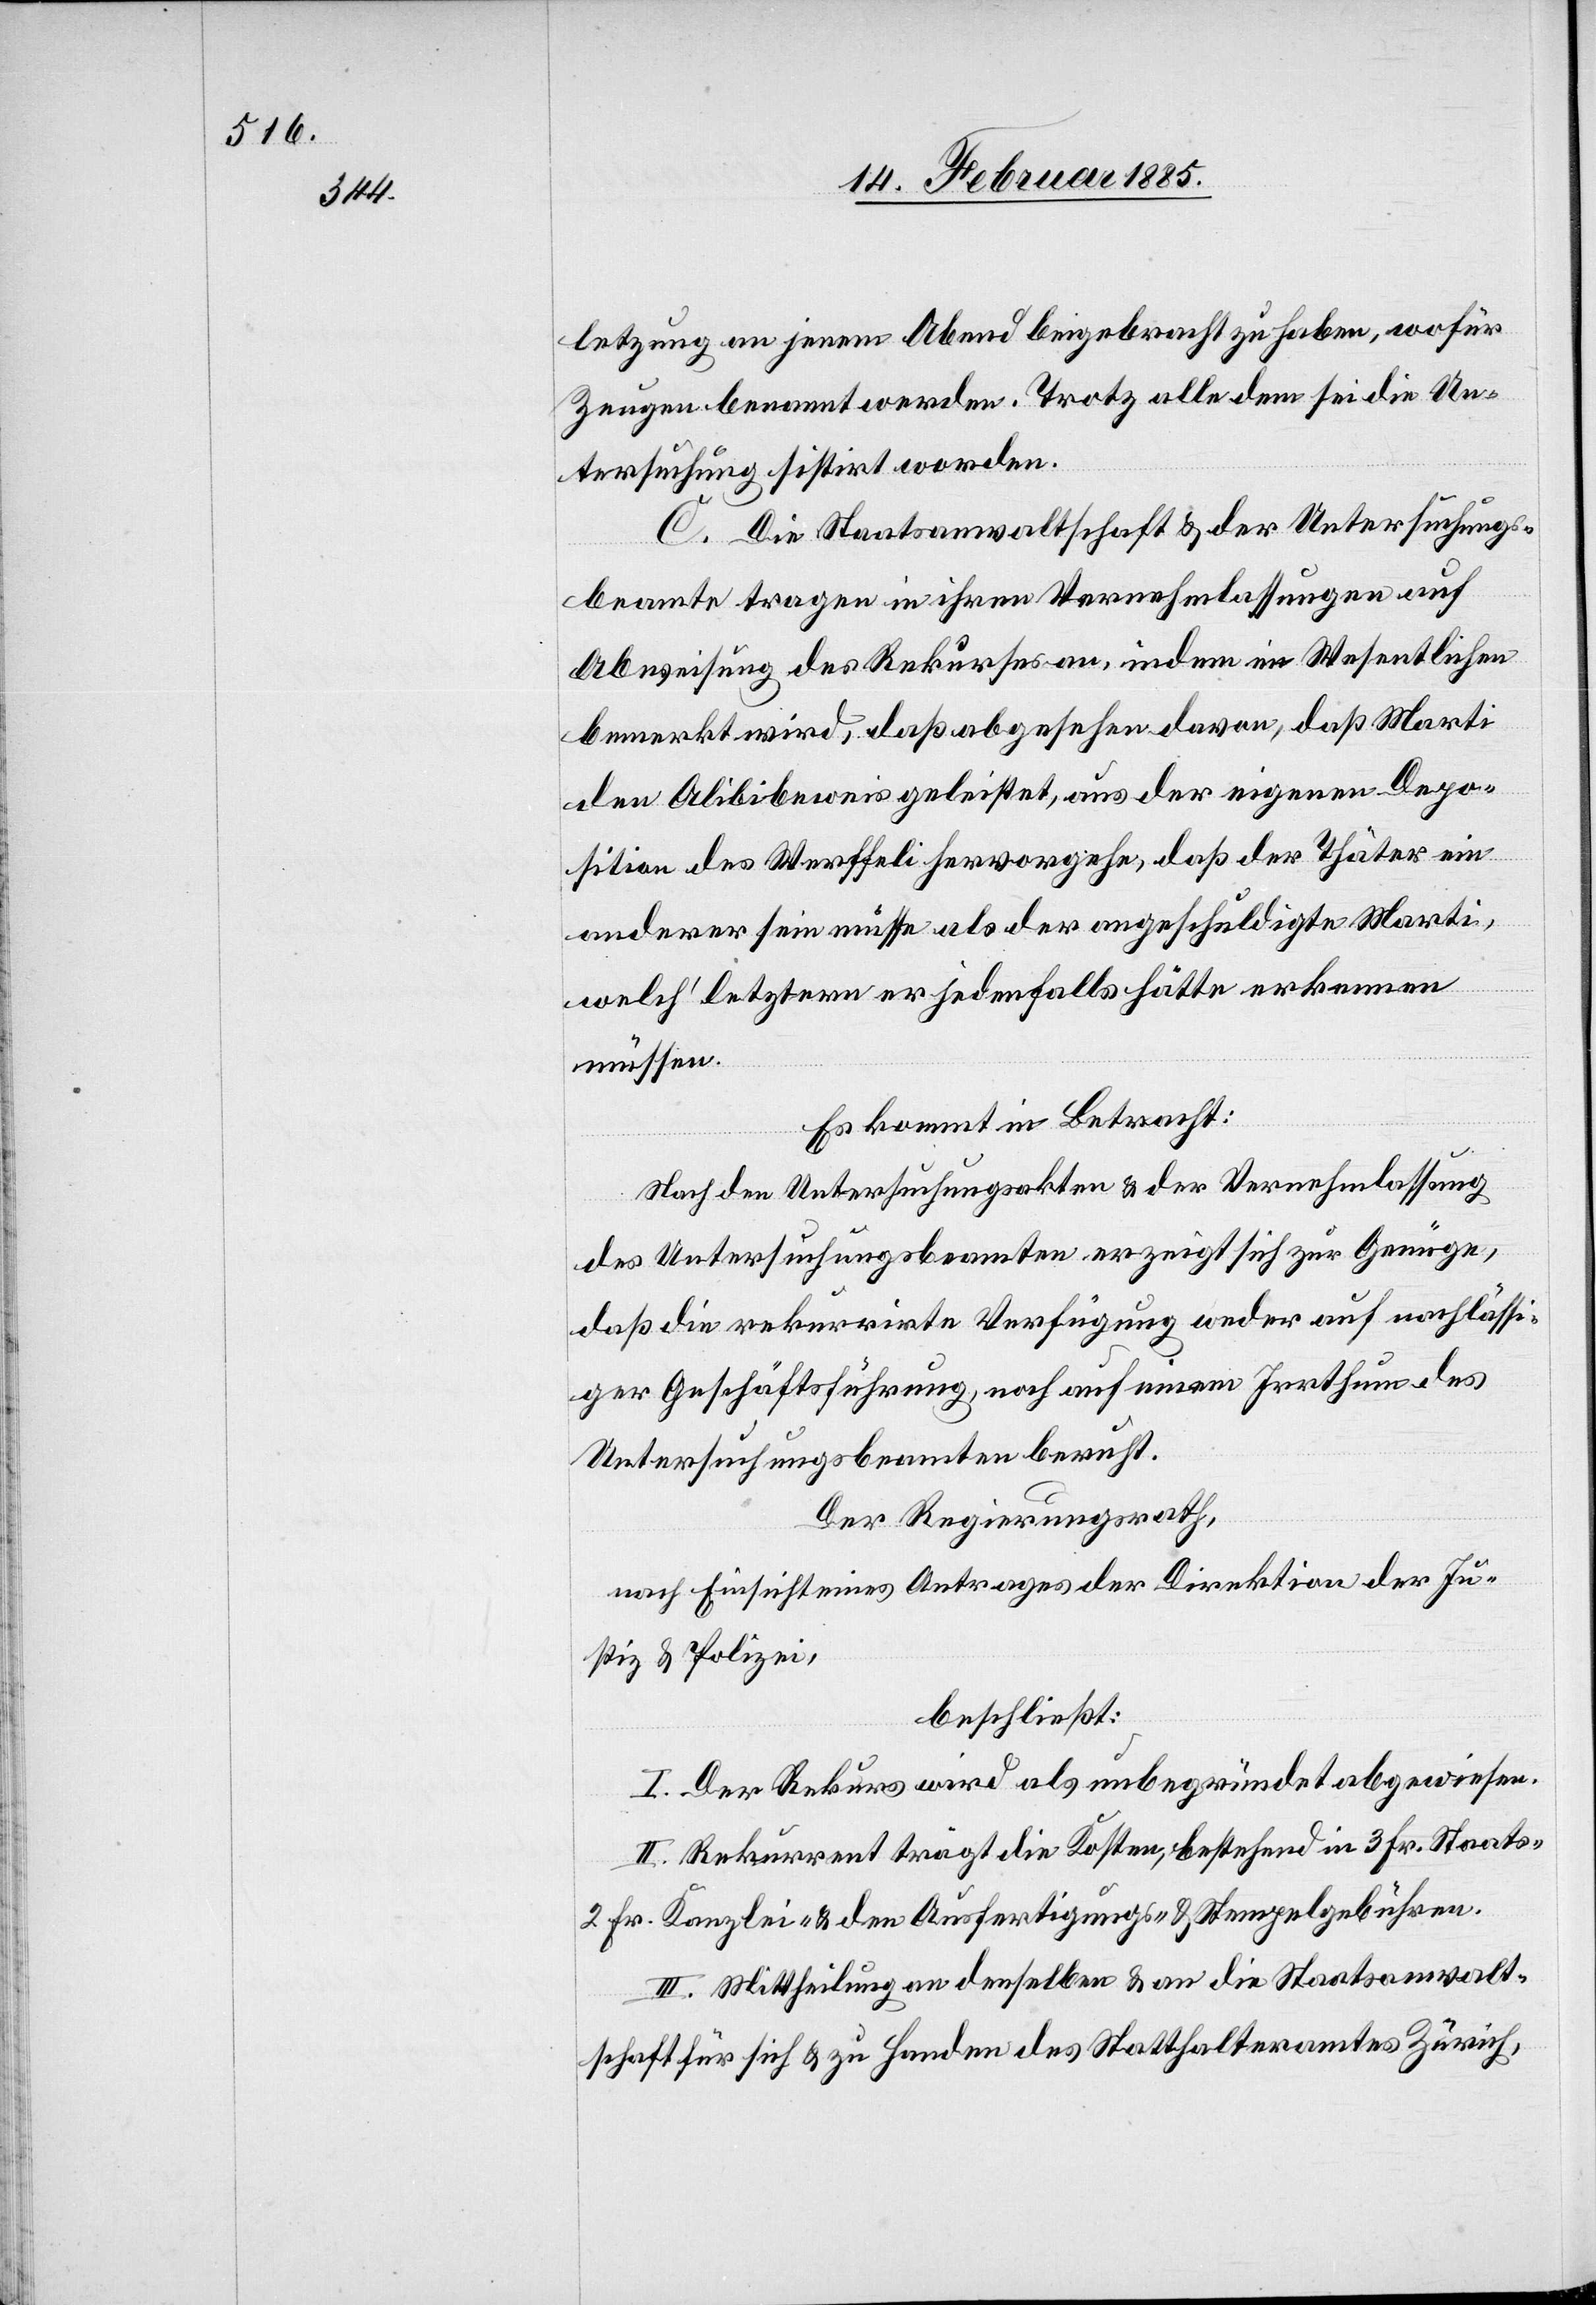
letzung an jenem Abend beigebracht zu haben, wofür
Zeugen benannt werden. Trotz alle dem sei die Un¬
tersuchung sistirt worden.
C. Die Staatsanwaltschaft & der Untersuchungs¬
beamte tragen in ihren Vernehmlassungen auf
Abweisung des Rekurses an, indem im Wesentlichen
bemerkt wird, daß abgesehen davon, daß Marti
den Alibibeweis geleistet, aus der eigenen Depo¬
sition des Werffeli hervorgehe, daß der Thäter ein
anderer sein müsse als der angeschuldigte Marti,
welch’ letztern er jedenfalls hätte erkennen
müssen.
Es kommt in Betracht:
Nach den Untersuchungsakten & der Vernehmlassung
des Untersuchungsbeamten erzeigt sich zur Genüge,
daß die rekurrirte Verfügung weder auf nachlässi¬
ger Geschäftsführung, noch auf einem Irrthum des
Untersuchungsbeamten beruht.
Der Regierungsrath,
nach Einsicht eines Antrages der Direktion der Ju¬
stiz & Polizei,
beschließt:
I. Der Rekurs wird als unbegründet abgewiesen.
II. Rekurrent trägt die Kosten, bestehend in 3 Fr. Staats-[,]
2 Fr. Kanzlei- & den Ausfertigungs- & Stempelgebühren.
III. Mittheilung an denselben & an die Staatsanwalt¬
schaft für sich & zu Handen des Statthalteramtes Zürich,